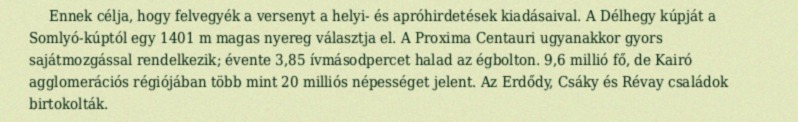
Ennek célja, hogy felvegyék a versenyt a helyi- és apróhirdetések kiadásaival. A Délhegy kúpját a Somlyó-kúptól egy 1401 m magas nyereg választja el. A Proxima Centauri ugyanakkor gyors sajátmozgással rendelkezik; évente 3,85 ívmásodpercet halad az égbolton. 9,6 millió fő, de Kairó agglomerációs régiójában több mint 20 milliós népességet jelent. Az Erdődy, Csáky és Révay családok birtokolták.